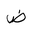
Letter: _dad